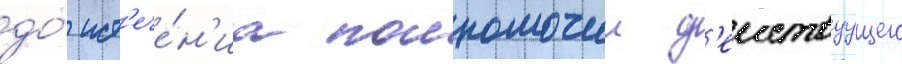
до́ ист'ече́н'иа полномочии д'еиствуущего